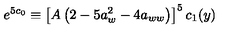
e ^ { 5 c _ { 0 } } \equiv \left[ A \left( 2 - 5 a _ { w } ^ { 2 } - 4 a _ { w w } \right) \right] ^ { 5 } c _ { 1 } ( y )